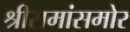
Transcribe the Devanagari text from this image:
श्रीरामांसमोर